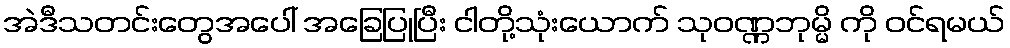
အဲဒီသတင်းတွေအပေါ် အခြေပြုပြီး ငါတို့သုံးယောက် သုဝဏ္ဏဘုမ္မိ ကို ဝင်ရမယ်